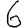
Digit: 6